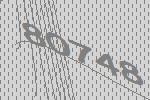
80748